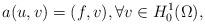
LaTeX: \begin{align*}a(u,v) = (f,v), \forall v \in H_0^1(\Omega),\end{align*}